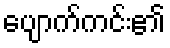
ပျောက်ကင်း၏